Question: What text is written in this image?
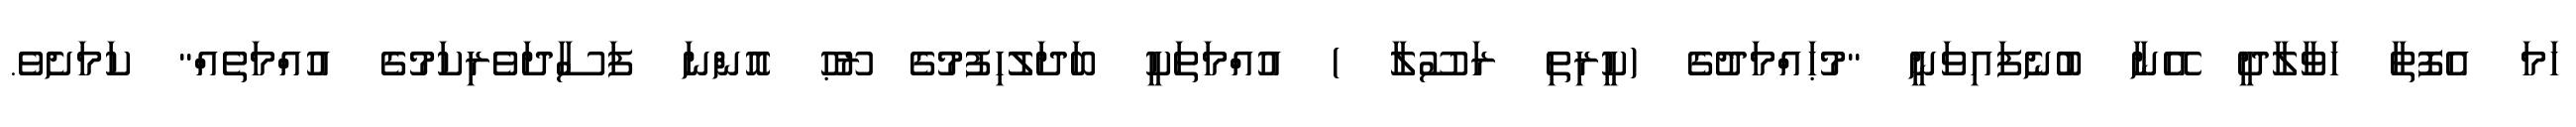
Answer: ހަމަ އެފޮތާ ހަވާލާދީ އޭނާ ބުނެފައިވަނީ "މުޙައްމަދުގެ (ކީރިތި ރަސޫލާ ) އުއްމަތަކީ ބަދަލުހިފުމުގެ ރޫޙު އޮންނަ ފަސާދަވެރިކަމުގެ އުއްމަތެއް" ކަމަށެވެ.